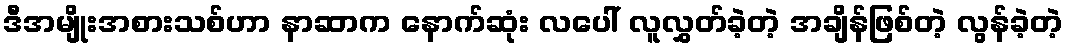
ဒီအမျိုးအစားသစ်ဟာ နာဆာက နောက်ဆုံး လပေါ် လူလွှတ်ခဲ့တဲ့ အချိန်ဖြစ်တဲ့ လွန်ခဲ့တဲ့